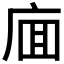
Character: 𰏸